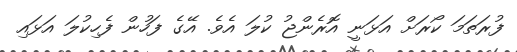
ފުރަތަމަ ކޯރަށް އަޅަނީ އޮރެންޖު ކުލަ އެވެ. އޭގެ ފަހުން ފެހިކުލަ އަޅައި